Vaccination in Bombay 1863-1868 - 1863-1868
Year: 1863
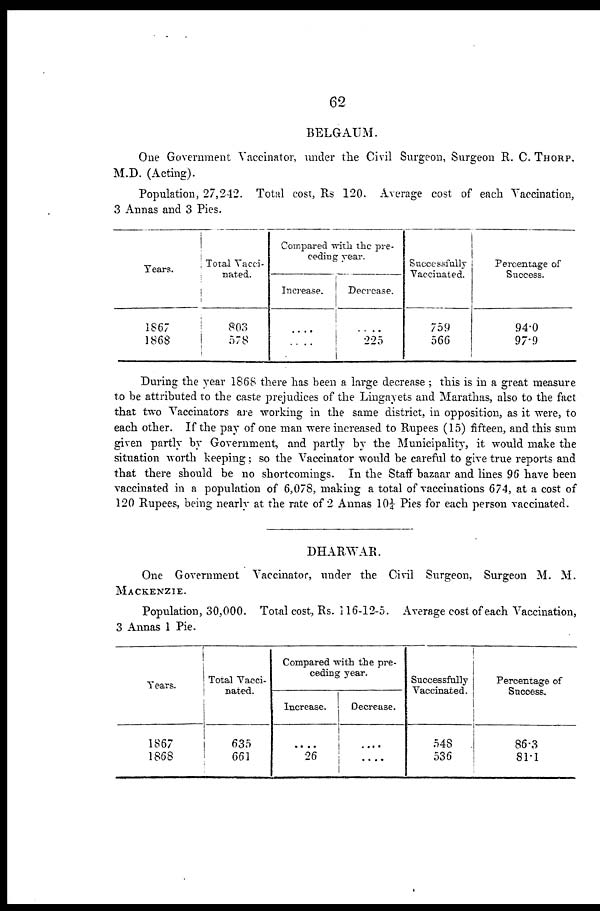
62
BELGAUM.
One Government Vaccinator, under the Civil Surgeon, Surgeon R. C. THORP,
M.D. (Acting).
Population, 27,242. Total cost, Rs 120. Average cost of each Vaccination,
3 Annas and 3 Pies.
Years.
1867
1868
Total Vacci-
nated.
803
578
Compared with the pre-
ceding year.
Increase.
....
....
Decrease.
....
225
Successfully
Vaccinated.
759
566
Percentage of
Success.
94.0
97.9
During the year 1868 there has been a large decrease ; this is in a great measure
to be attributed to the caste prejudices of the Lingayets and Marathas, also to the fact
that two Vaccinators are working in the same district, in opposition, as it were, to
each other. If the pay of one man were increased to Rupees (15) fifteen, and this sum
given partly by Government, and partly by the Municipality, it would make the
situation worth keeping; so the Vaccinator would be careful to give true reports and
that there should be no shortcomings. In the Staff bazaar and lines 96 have been
vaccinated in a population of 6,078, making a total of vaccinations 674, at a cost of
120 Rupees, being nearly at the rate of 2 Annas 10¼ Pies for each person vaccinated.
DHARWAR.
One Government Vaccinator, under the Civil Surgeon, Surgeon M. M.
MACKENZIE.
Population, 30,000. Total cost, Rs. 116-12-5. Average cost of each Vaccination,
3 Annas 1 Pie.
Years.
1867
1868
Total Vacci-
nated.
635
661
Compared with the pre-
ceding year.
Increase.
....
26
Decrease.
....
....
Successfully
Vaccinated.
548
536
Percentage of
Success.
86.3
81.1